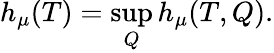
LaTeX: h_{\mu}(T)=\operatorname*{sup}_{Q}h_{\mu}(T,Q).